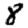
Digit: 8